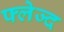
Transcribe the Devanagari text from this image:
फ्लेज्द